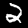
Digit: 2